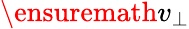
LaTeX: \ensuremath{v_{\perp}}